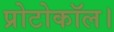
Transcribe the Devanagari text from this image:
प्रोटोकॉल।